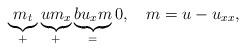
LaTeX: \begin{align*}\underbrace{m_t}_+\underbrace{um_x}_+\underbrace{bu_xm}_=0, \ \ \ m = u-u_{xx},\end{align*}